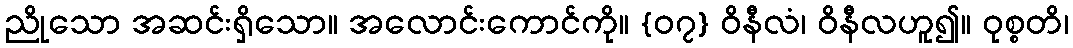
ညိုသော အဆင်းရှိသော။ အလောင်းကောင်ကို။ {၀၇} ဝိနီလံ၊ ဝိနီလဟူ၍။ ဝုစ္စတိ၊